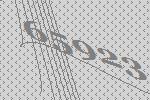
65923